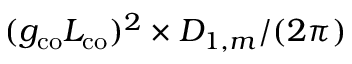
( g _ { \mathrm { c o } } L _ { \mathrm { c o } } ) ^ { 2 } \times D _ { 1 , m } / ( 2 \pi )